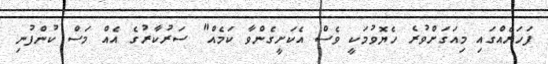
ފަހަރެއްގައި މިއަގަށްވުރެ ހެޔޮވުމަކީ ވެސް އެކަށީގެންވާ ކަމެއް" ސަރުކާރުގެ އެއް މަސް ކުންފުނި